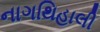
નાગથિહાલી